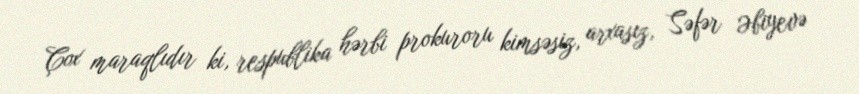
Çox maraqlıdır ki, respublika hərbi prokuroru kimsəsiz, arxasız, Səfər Əbiyevə